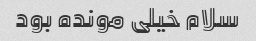
سلام خیلی مونده بود